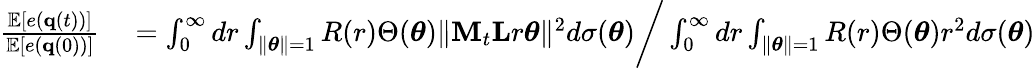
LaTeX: \begin{array}{rl}{\frac{\mathbb{E}[e({\mathbf q}(t))]}{\mathbb{E}[e({\mathbf q}(0))]}}&{{}=\int_{0}^{\infty}dr\int_{\| \boldsymbol{\theta}\| =1}R(r)\Theta(\boldsymbol{\theta})\| {\mathbf M}_{t}{\mathbf L}r\boldsymbol{\theta}\| ^{2}d\sigma(\boldsymbol{\theta})\bigg/\int_{0}^{\infty}dr\int_{\| \boldsymbol{\theta}\| =1}R(r)\Theta(\boldsymbol{\theta})r^{2}d\sigma(\boldsymbol{\theta})}\end{array}